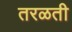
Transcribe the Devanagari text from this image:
तरळती